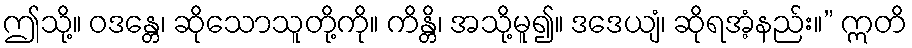
ဤသို့။ ဝဒန္တေ၊ ဆိုသောသူတို့ကို။ ကိန္တိ၊ အသို့မူ၍။ ဒဒေယျံ၊ ဆိုရအံ့နည်း။” ဣတိ